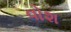
વોશ